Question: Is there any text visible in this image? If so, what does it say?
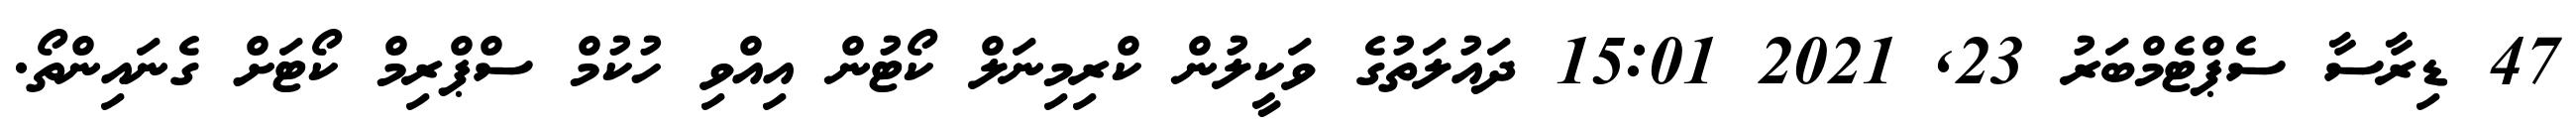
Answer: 47 ޑިރާސާ ސެޕްޓެމްބަރު 23, 2021 15:01 ދައުލަތުގެ ވަކީލުން ކްރިމިނަލް ކޯޓުން އިއްވި ހުކުމް ސްޕްރިމް ކޯޓަށް ގެނައިންތޯ.